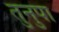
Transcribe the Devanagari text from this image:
तुनुपा